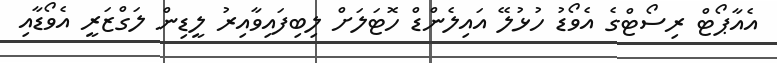
އެއާޕޯޓް ރިސޯޓްގެ އެވޯޑު ހުޅުލޭ އައިލެންޑް ހޮޓަލަށް ލިބިފައިވާއިރު ލީޑިން ލަގްޒަރީ އެވޯޑާއި